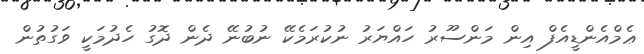
ޢެމްއެންޑީއެފް އިން މަންސޫރު ހައްޔަރު ނުކުރަމެކޭ ނުބުނޭ ދެން ދޮގު ހެދުމަކީ ވަގުތުން